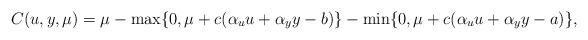
LaTeX: \begin{align*}C(u,y,\mu) = \mu - \max \{0, \mu + c(\alpha_u u + \alpha_y y - b)\} - \min \{0, \mu + c(\alpha_u u + \alpha_y y -a )\}, \end{align*}